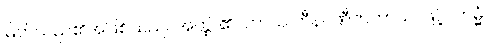
မြတ်သည်၏အဖြစ်သည်။ အတ္ထိ၊ ၏။ တာယ ဟီနပဏီတတာယ၊ ဖြင့်။ ကမ္မံ၊